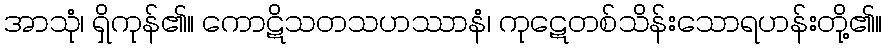
အာသုံ၊ ရှိကုန်၏။ ကောဋိသတသဟဿာနံ၊ ကုဋေတစ်သိန်းသောရဟန်းတို့၏။